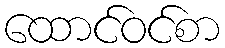
ထောင်ဝင်စာ